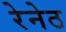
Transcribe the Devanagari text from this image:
रेनेठ